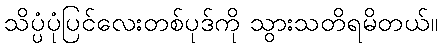
သိပ္ပံပုံပြင်လေးတစ်ပုဒ်ကို သွားသတိရမိတယ်။